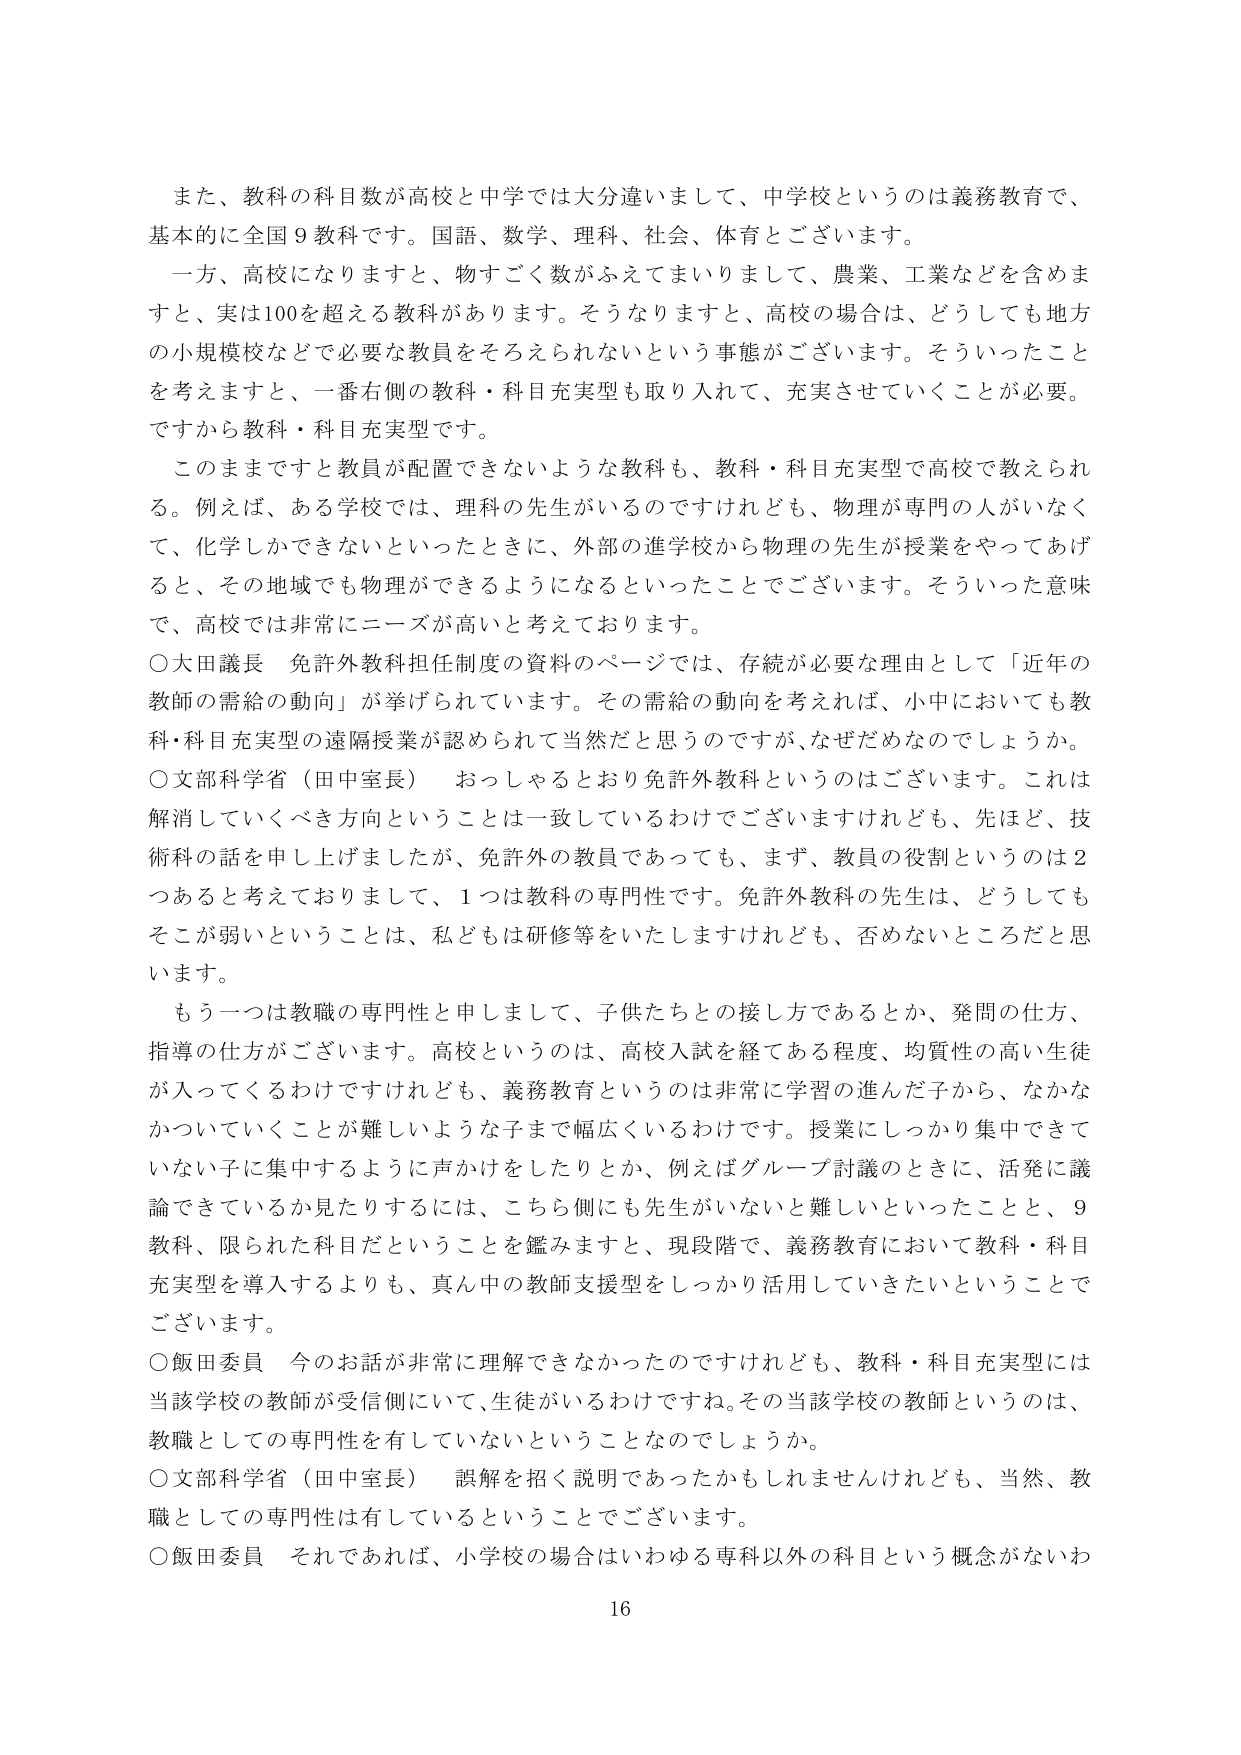
また、教科の科目数が高校と中学では大分違いまして、中学校というのは義務教育で、基本的に全国９教科です。国語、数学、理科、社会、体育とございます。

一方、高校になりますと、物すごく数がふえてまいりまして、農業、工業などを含めますと、実は100を超える教科があります。そうなりますと、高校の場合は、どうしても地方の小規模校などで必要な教員をそろえられないという事態がございます。そういったことを考えますと、一番右側の教科・科目充実型も取り入れて、充実させていくことが必要。ですから教科・科目充実型です。

このままですと教員が配置できないような教科も、教科・科目充実型で高校で教えられる。例えば、ある学校では、理科の先生がいるのですけれども、物理が専門の人がなくて、化学しかできないといったときに、外部の進学校から物理の先生が授業をやってあげると、その地域でも物理ができるようになるといったことでございます。そういった意味で、高校では非常にニーズが高いと考えております。

○大田議長　免許外教科担任制度の資料のページでは、存続が必要な理由として「近年の教師の需給の動向」が挙げられています。その需給の動向を考えれば、小中においても教科・科目充実型の遠隔授業が認められて当然だと思うのですが、なぜだめなのでしょうか。

○文部科学省（田中室長）　おっしゃるとおり免許外教科というのはございます。これは解消していくべき方向ということは一致しているわけでございますけれども、先ほど、技術科の話を申し上げましたが、免許外の教員であっても、まず、教員の役割というのは２つあると考えておりまして、１つは教科の専門性です。免許外教科の先生は、どうしてもそこが弱いということは、私どもは研修等をいたしますけれども、否めないところだと思います。

もう一つは教職の専門性と申しまして、子供たちとの接し方であるとか、発問の仕方、指導の仕方がございます。高校というのは、高校入試を経てある程度、均質性の高い生徒が入ってくるわけですが、義務教育というのは非常に学習の進んだ子から、なかなかついていくことが難しいような子まで幅広くいるわけです。授業にしっかり集中できていない子に集中するように声かけをしたりとか、例えばグループ討議のときに、活発に議論できているか見たりするには、こちら側にも先生がいないと難しいといったことと、９教科、限られた科目だということを鑑みますと、現段階で、義務教育において教科・科目充実型を導入するよりも、真ん中の教師支援型をしっかり活用していきたいということでございます。

○飯田委員　今のお話が非常に理解できなかったのですけれども、教科・科目充実型には当該学校の教師が受信側にいて、生徒がいるわけです。その当該学校の教師というのは、教職としての専門性を有していないということなのでしょうか。

○文部科学省（田中室長）　誤解を招く説明であったかもしれませんが、当然、教職としての専門性は有しているということでございます。

○飯田委員　それであれば、小学校の場合はいわゆる専科以外の科目という概念がないわ

16